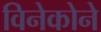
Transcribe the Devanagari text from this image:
विनेकोने